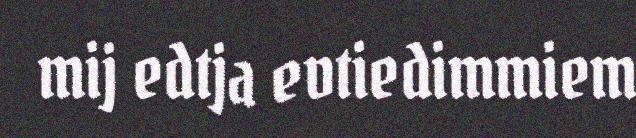
mij edtja evtiedimmiem